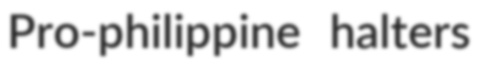
Pro-philippine halters